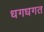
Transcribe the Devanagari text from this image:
धगधगत